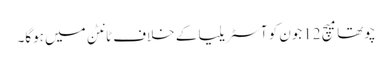
چوتھا میچ 12جون کو آسٹریلیا کے خلاف ٹانٹن میں ہوگا۔